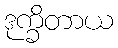
ဒုက္ခိတာယ